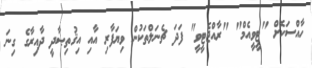
ހާއްސަކޮށް "ޓީވީއެމް" "ރާއްޖެޓީވީ" ފަދަ ޗެނަލްތަކުން ވިޔަފާރި އާއި އިޤުތިޞާދީ ދާއިރާގެ ގިނަ